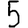
Digit: 5